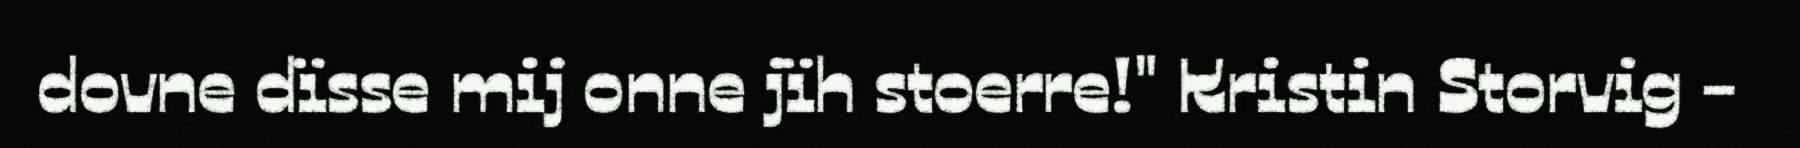
dovne dïsse mij onne jïh stoerre!" Kristin Storvig -